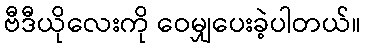
ဗီဒီယိုလေးကို ဝေမျှပေးခဲ့ပါတယ်။